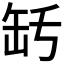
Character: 𦈤